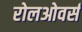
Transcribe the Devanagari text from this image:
रोलओवर्स